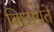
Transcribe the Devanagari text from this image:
बिछायते